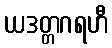
ယဒတ္တဂရဟီ